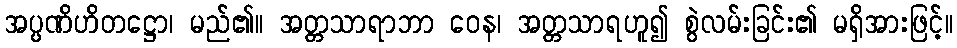
အပ္ပဏိဟိတဋ္ဌော၊ မည်၏။ အတ္တသာရာဘာ ဝေန၊ အတ္တသာရဟူ၍ စွဲလမ်းခြင်း၏ မရှိအားဖြင့်။